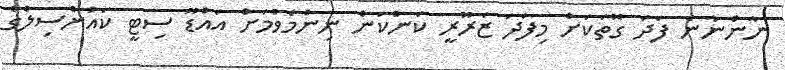
ނާންނާނެ ފަދަ ގޮތަކަށް މިފަދަ ޒަރޫރީ ކަންކަން ނިންމެވުމަށް އައްޑޫ ސިޓީ ކައުންސިލްގެ